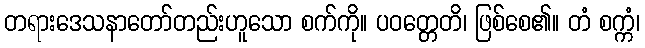
တရားဒေသနာတော်တည်းဟူသော စက်ကို။ ပဝတ္တေတိ၊ ဖြစ်စေ၏။ တံ စက္ကံ၊